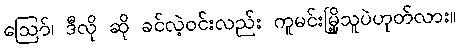
ဪ၊ ဒီလို ဆို ခင်လဲ့ဝင်းလည်း ကူမင်းမြို့သူပဲဟုတ်လား။